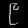
Digit: ၉